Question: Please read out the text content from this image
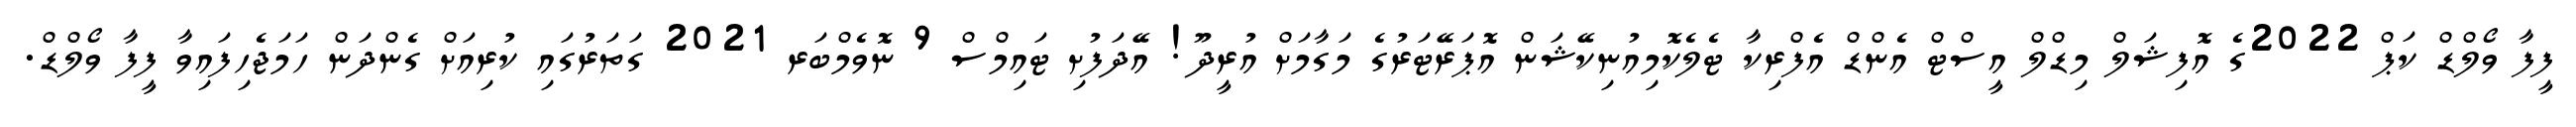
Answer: ފީފާ ވޯލްޑް ކަޕް 2022ގެ އޮފިޝަލް މިޑްލް އީސްޓް އެންޑް އެފްރިކާ ޓެލެކޮމިއުނިކޭޝަން އޮޕަރޭޓަރުގެ މަގާމަށް އުރީދޫ! އޭދަފުށި ޓައިމްސް 9 ނޮވެމްބަރ 2021 ގަތަރުގައި ކުރިއަށް ގެންދަން ހަމަޖެހިފައިވާ ފީފާ ވޯލްޑް.